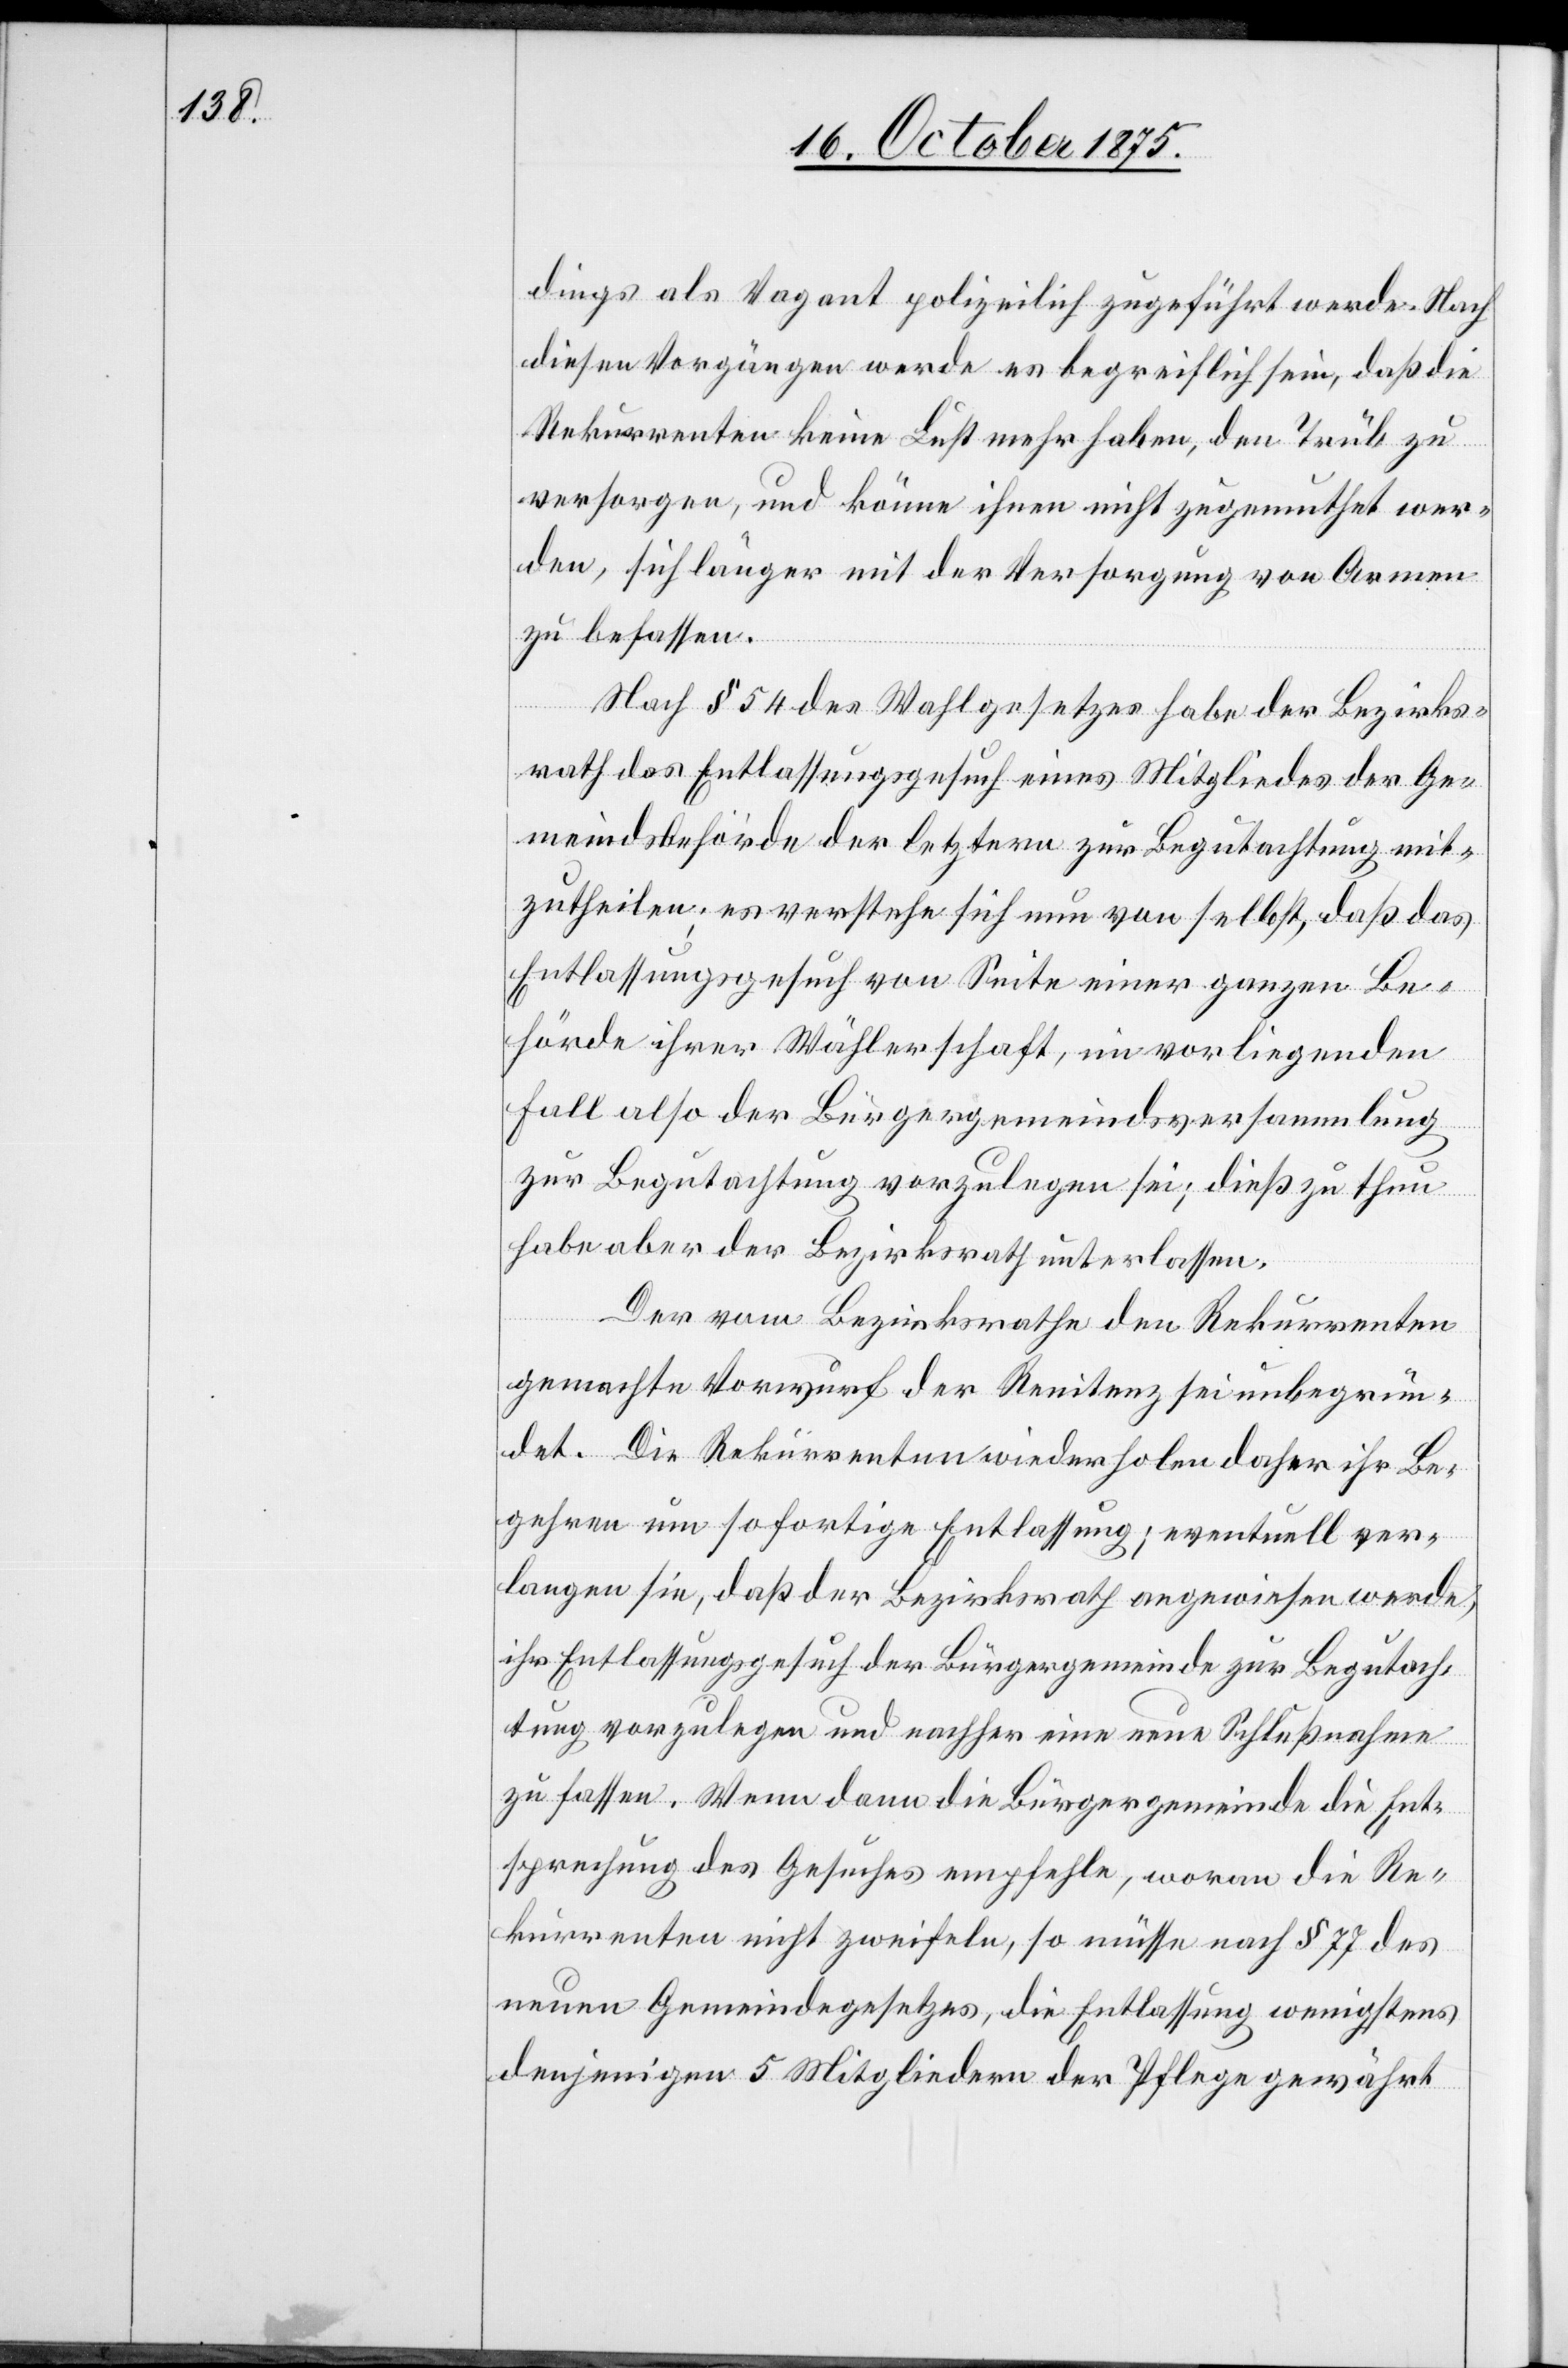
dings als Vagant polizeilich zugeführt werde. Nach
diesen Vorgängen werde es begreiflich sein, daß die
Rekurrenten keine Lust mehr haben, den Trüb zu
versorgen, und könne ihnen nicht zugemuthet wer¬
den, sich länger mit der Versorgung von Armen
zu befassen.
Nach § 54 des Wahlgesetzes habe der Bezirks¬
rath das Entlassungsgesuch eines Mitgliedes der Ge¬
meindsbehörde der letztern zur Begutachtung mit¬
zutheilen; es verstehe sich nun von selbst, daß das
Entlassungsgesuch von Seite einer ganzen Be¬
hörde ihrer Wählerschaft, im vorliegenden
Fall also der Bürgergemeindsversammlung
zur Begutachtung vorzulegen sei; dieß zu thun
habe aber der Bezirksrath unterlassen.
Der vom Bezirksrathe den Rekurrenten
gemachte Vorwurf der Renitenz sei unbegrün¬
det. Die Rekurrenten wiederholen daher ihr Be¬
gehren um sofortige Entlassung; eventuell ver¬
langen sie, daß der Bezirksrath angewiesen werde,
ihr Entlassungsgesuch der Bürgergemeinde zur Begutach¬
tung vorzulegen und nachher eine neue Schlußnahme
zu fassen. Wenn dann die Bürgergemeinde die Ent¬
sprechung des Gesuches empfehle, woran die Re¬
kurrenten nicht zweifeln, so müsse nach § 77 des
neuen Gemeindegesetzes, die Entlassung wenigstens
denjenigen 5 Mitgliedern der Pflege gewährt